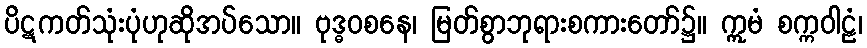
ပိဋကတ်သုံးပုံဟုဆိုအပ်သော။ ဗုဒ္ဓဝစနေ၊ မြတ်စွာဘုရားစကားတော်၌။ ဣမံ စက္ကဝါဠံ၊